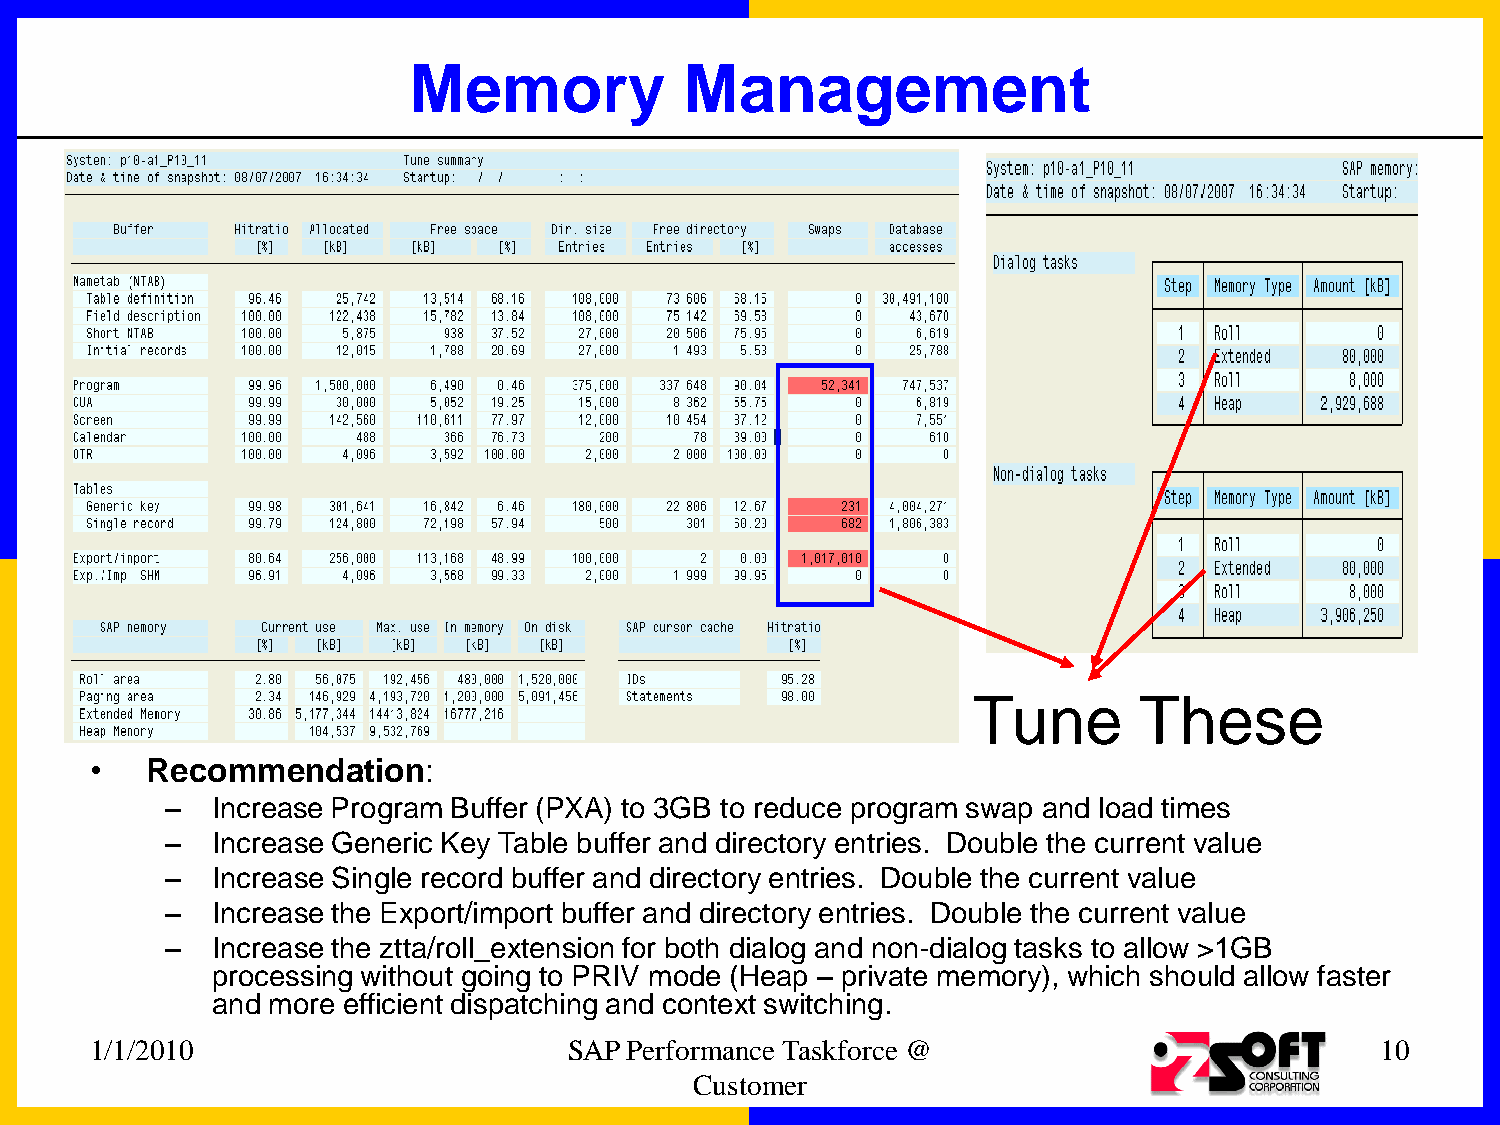
Memory            Management
 Tune       These
 •   Recommendation:
 –  Increase Program Buffer (PXA) to 3GB to reduce program swap and load times
 –  Increase Generic Key Table buffer and directory entries. Double the current value
 –  Increase Single record buffer and directory entries. Double the current value
 –  Increase the Export/import buffer and directory entries. Double the current value
 –  Increase the ztta/roll_extension for both dialog and non-dialog tasks to allow >1GB
 processing without going to PRIV mode (Heap – private memory), which should allow faster
 and more efficient dispatching and context switching.
 1/1/2010                        SAP Performance Taskforce @                          10
 Customer